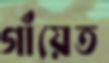
গাঁয়েত